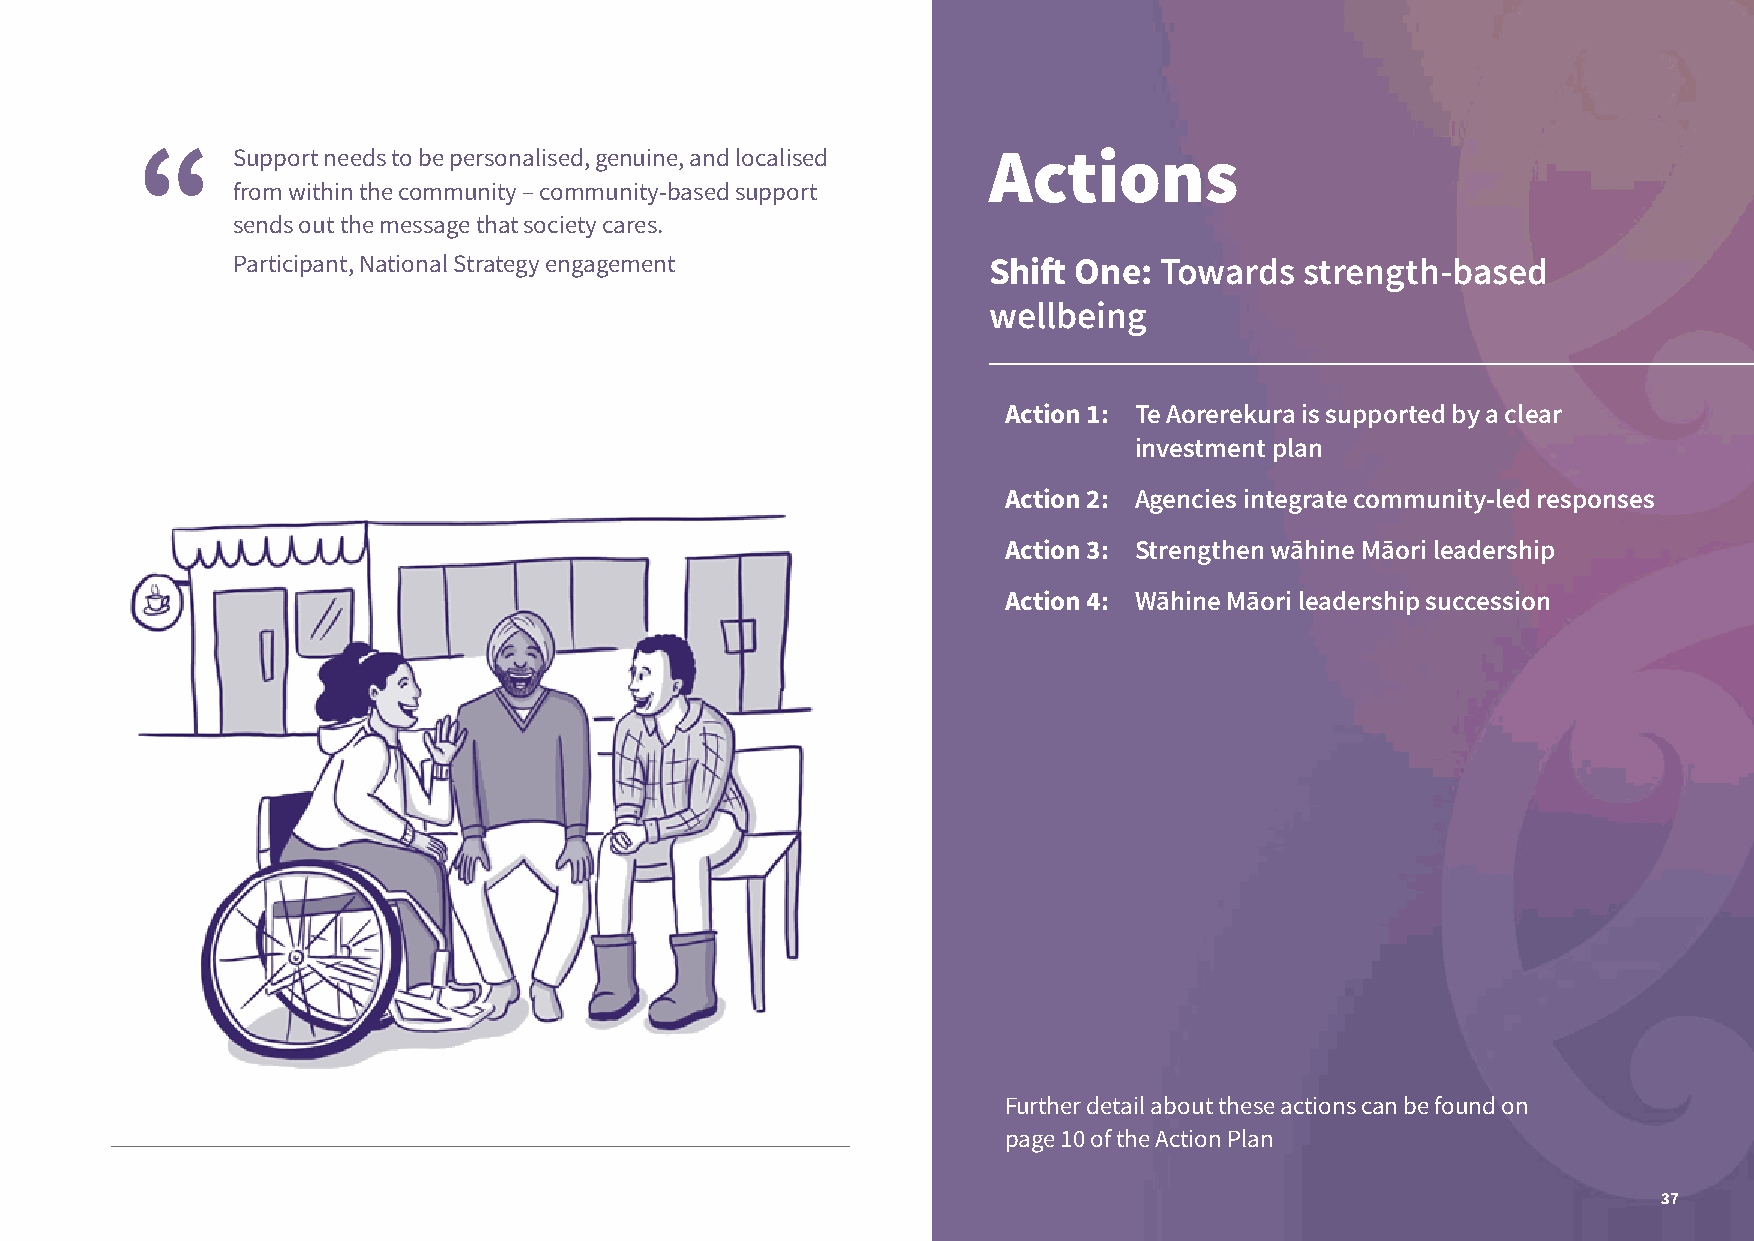
Support needs to be personalised, genuine, and localised Actions
 from within the community – community-based support
 sends out the message that society cares.
 Participant, National Strategy engagement         Shift One:  Towards  strength-based
 wellbeing
 Action 1: Te Aorerekura is supported by a clear
 investment plan
 Action 2: Agencies integrate community-led responses
 Action 3: Strengthen wāhine Māori leadership
 Action 4: Wāhine Māori leadership succession
 Further detail about these actions can be found on
 page 10 of the Action Plan
 37